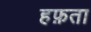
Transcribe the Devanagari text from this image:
हफ़ता